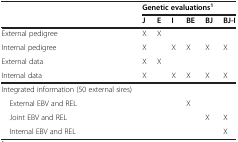
|  | <COLSPAN=6> Genetic evaluations1 |
 |  | J | E | I | BE | BJ | BJ-I |
 | --- | --- | --- | --- | --- | --- | --- |
 | External pedigree | X | X |  |  |  |  |
 | Internal pedigree | X |  | X | X | X | X |
 | External data | X | X |  |  |  |  |
 | Internal data | X |  | X | X | X | X |
 | Integrated information (50 external sires) |  |  |  |  |  |  |
 | External EBV and REL |  |  |  | X |  |  |
 | Joint EBV and REL |  |  |  |  | X | X |
 | Internal EBV and REL |  |  |  |  |  | X |